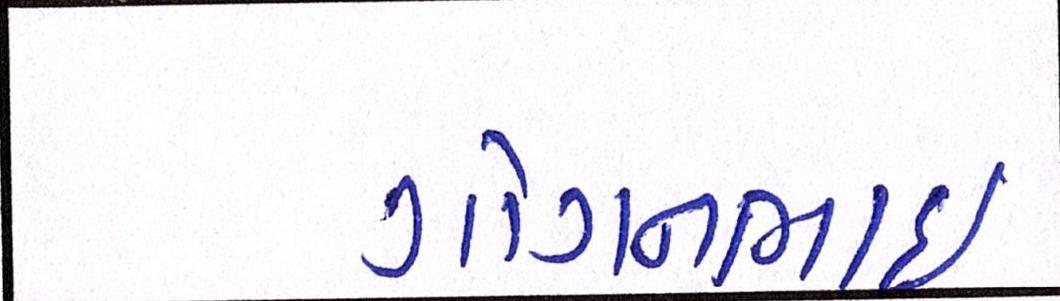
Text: ગોગનભાઇ